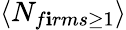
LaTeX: \left<N_{f\mathbf{i}rms\geq1}\right>